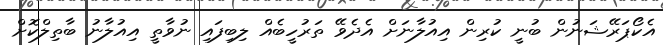
އެކޯޕަރޭޝަނުން ބުނީ ކުރިން އިއުލާނަށް އެދެވޭ ތަރުހީބެއް ލިބިފައި ނުވާތީ އިއުލާނު ބާތިލްކޮށް